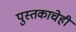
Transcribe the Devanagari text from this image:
पुस्तकाचेही